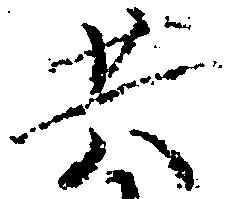
共